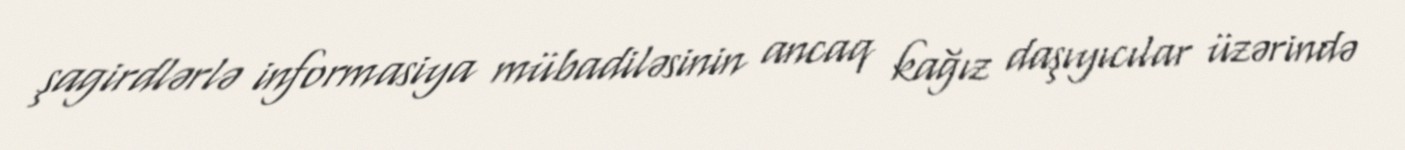
şagirdlərlə informasiya mübadiləsinin ancaq kağız daşıyıcılar üzərində